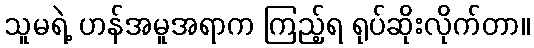
သူမရဲ့ ဟန်အမူအရာက ကြည့်ရ ရုပ်ဆိုးလိုက်တာ။